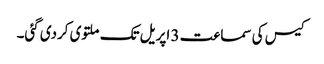
کیس کی سماعت 3 اپریل تک ملتوی کردی گئی۔